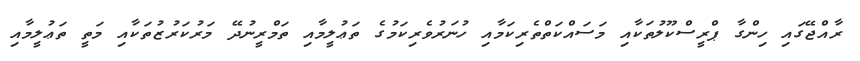
ރާއްޖޭގައި ހިންގާ ޕްރީސްކޫލުތަކާއި މަސައްކަތްތެރިކަމާއި ހުނަރުވެރިކަމުގެ ތަޢުލީމާއި ތަމްރީނުދޭ މަރުކަރުޒުތަކާއި މަތީ ތަޢުލީމާއި